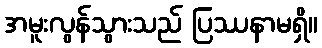
အမူးလွန်သွားသည် ပြဿနာမရှိ။